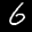
Label: 6